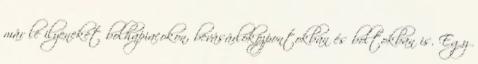
már le ilyeneket bolhapiacokon, bevásárlóközpontokban és boltokban is. Egy